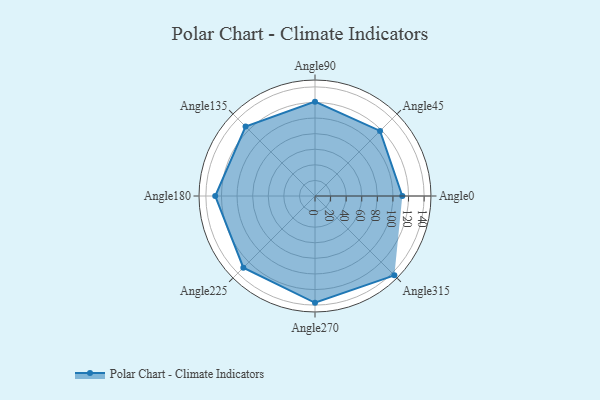
{"axis": {"x": "Angle", "y": "Radius"}, "legend": [""], "data": [{"x": "Angle0", "y": 112.0, "type": ""}, {"x": "Angle45", "y": 118.0, "type": ""}, {"x": "Angle90", "y": 121.0, "type": ""}, {"x": "Angle135", "y": 126.0, "type": ""}, {"x": "Angle180", "y": 128.0, "type": ""}, {"x": "Angle225", "y": 130.0, "type": ""}, {"x": "Angle270", "y": 137.0, "type": ""}, {"x": "Angle315", "y": 144.0, "type": ""}]}